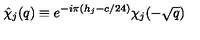
\hat { \chi } _ { j } ( q ) \equiv e ^ { - i \pi ( h _ { j } - c / 2 4 ) } \chi _ { j } ( - \sqrt { q } )